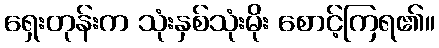
ရှေးတုန်းက သုံးနှစ်သုံးမိုး စောင့်ကြရ၏။